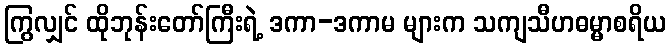
ကြွလျှင် ထိုဘုန်းတော်ကြီးရဲ့ ဒကာ-ဒကာမ များက သကျသီဟဓမ္မာစရိယ